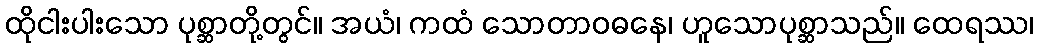
ထိုငါးပါးသော ပုစ္ဆာတို့တွင်။ အယံ၊ ကထံ သောတာဝဓနေ၊ ဟူသောပုစ္ဆာသည်။ ထေရဿ၊